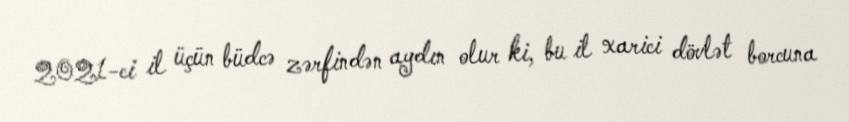
2021-ci il üçün büdcə zərfindən aydın olur ki, bu il xarici dövlət borcuna